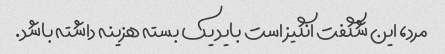
مرد، این شگفت انگیز است باید یک بسته هزینه داشته باشد.